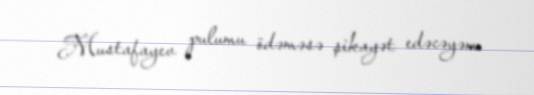
Mustafayev pulumu ödəməsə şikayət edəcəyəm.